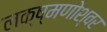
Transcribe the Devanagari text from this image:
लक्ष्मणोश्वर